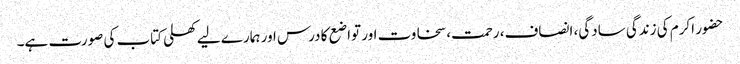
حضور اکرم کی زندگی سادگی، انصاف، رحمت، سخاوت اور تواضع کا درس اور ہمارے لیے کھلی کتاب کی صورت ہے۔